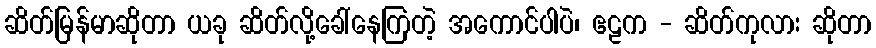
ဆိတ်မြန်မာဆိုတာ ယခု ဆိတ်လို့ခေါ်နေကြတဲ့ အကောင်ပါပဲ၊ ဧဠက - ဆိတ်ကုလား ဆိုတာ